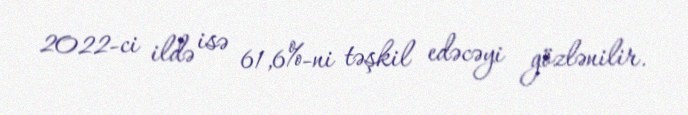
2022-ci ildə isə 61,6%-ni təşkil edəcəyi gözlənilir.